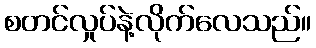
စတင်လှုပ်နဲ့လိုက်လေသည်။